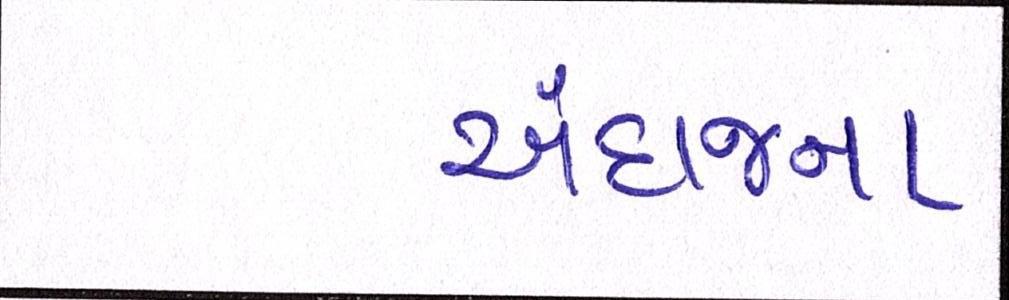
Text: અંદાજના